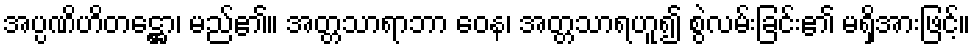
အပ္ပဏိဟိတဋ္ဌော၊ မည်၏။ အတ္တသာရာဘာ ဝေန၊ အတ္တသာရဟူ၍ စွဲလမ်းခြင်း၏ မရှိအားဖြင့်။